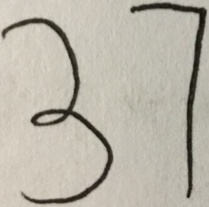
3 7